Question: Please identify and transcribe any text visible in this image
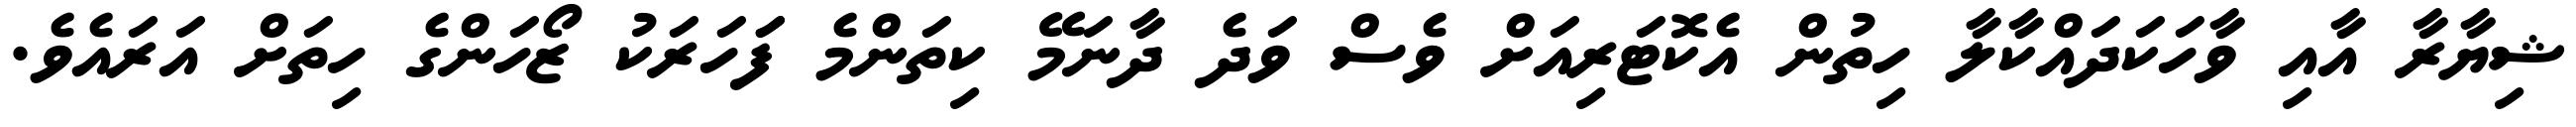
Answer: ޝިޔާރާ އާއި ވާހަކަދައްކާލާ ހިތުން އެކޮޓަރިއަށް ވެސް ވަދެ ދާނަމޭ ކިތަންމެ ފަަހަރަކު ޒޯހަންގެ ހިތަށް އަރައެވެ.